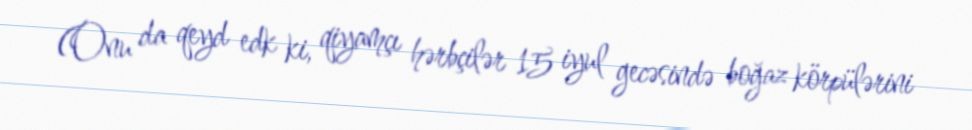
(Onu da qeyd edk ki, qiyamçı hərbçilər 15 iyul gecəsində boğaz körpülərini